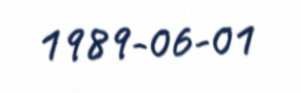
1989-06-01